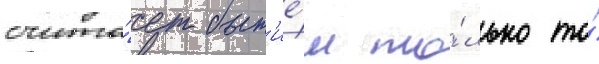
счита́ет быт'ие́м то́лько то́